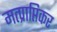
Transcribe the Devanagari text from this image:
मत्प्राप्तिकर